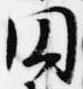
円